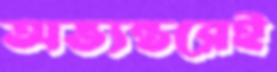
অভ্যন্তরেই